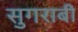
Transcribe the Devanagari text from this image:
सुगराबी